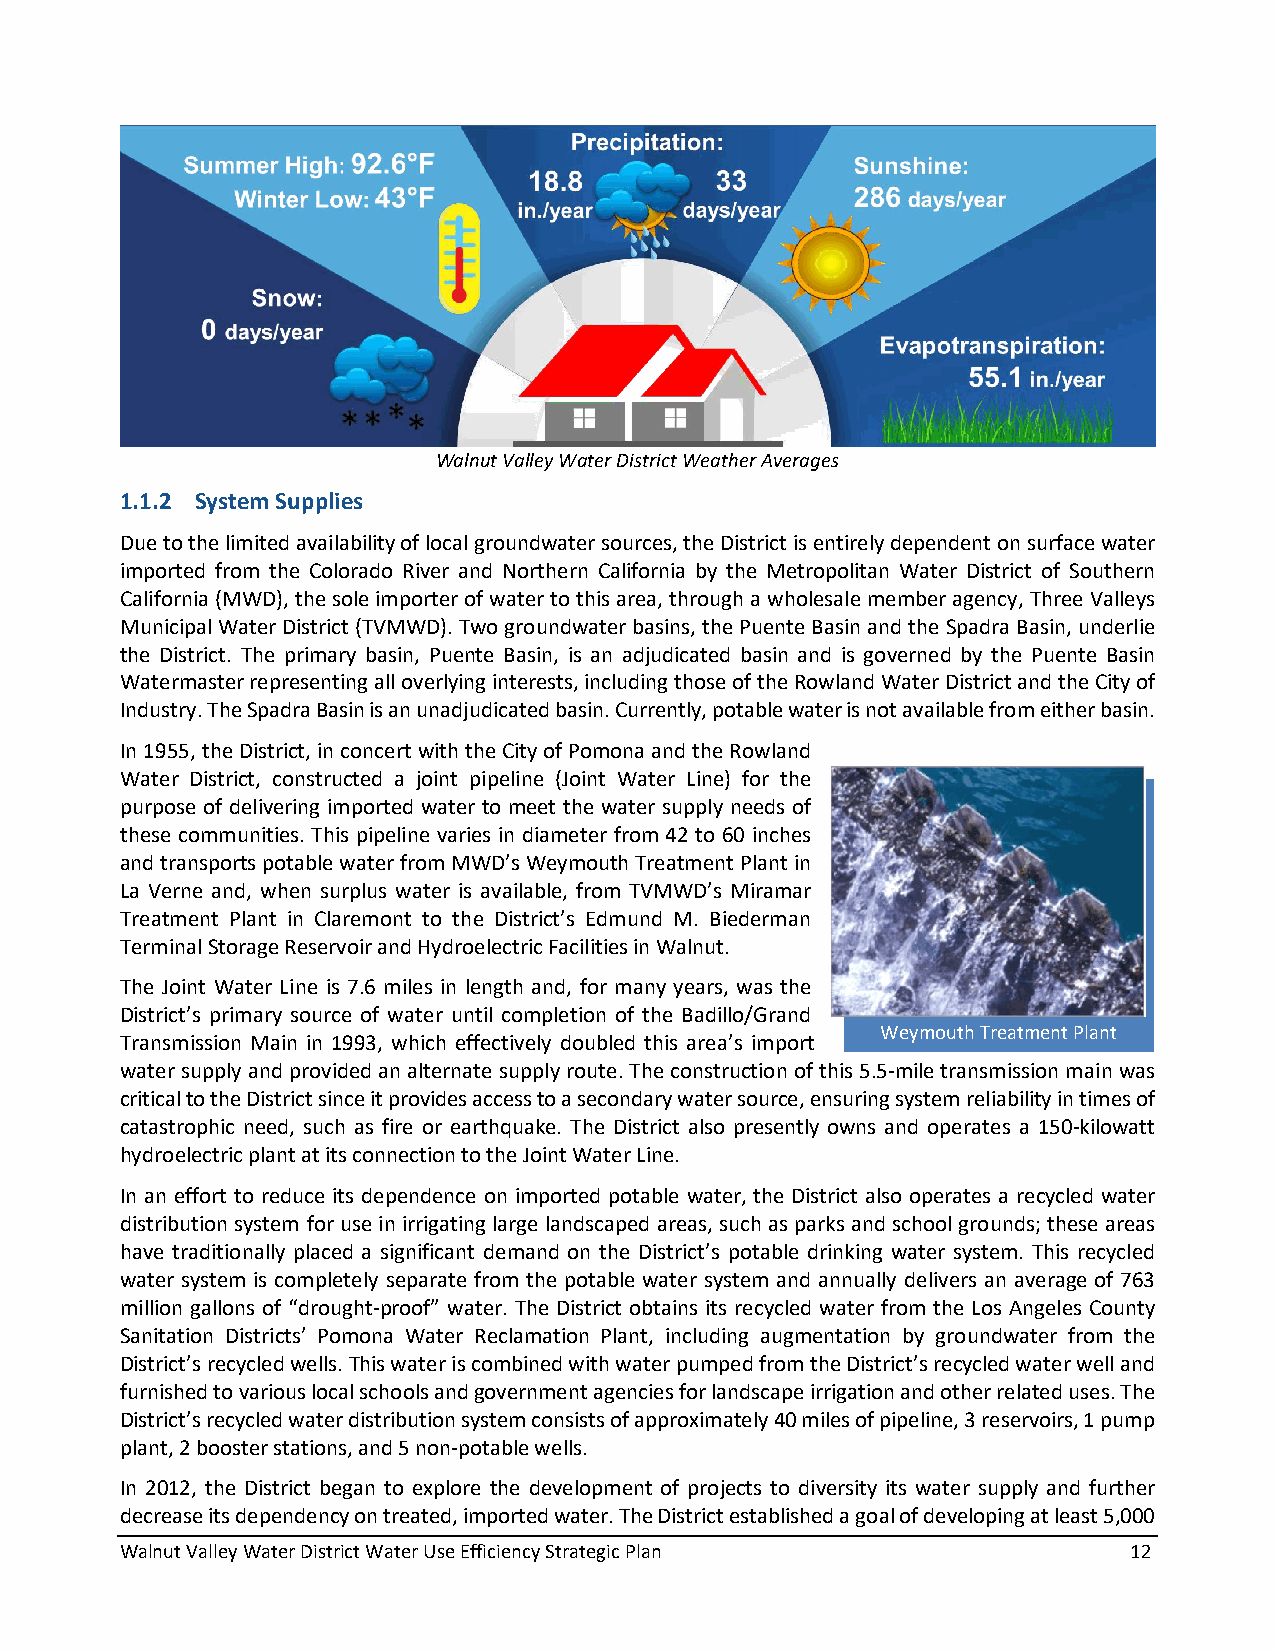
Walnut Valley Water District Weather Averages
 1.1.2 System Supplies
 Due to the limited availability of local groundwater sources, the District is entirely dependent on surface water
 imported from the Colorado River and Northern California by the Metropolitan Water District of Southern
 California (MWD), the sole importer of water to this area, through a wholesale member agency, Three Valleys
 Municipal Water District (TVMWD). Two groundwater basins, the Puente Basin and the Spadra Basin, underlie
 the District. The primary basin, Puente Basin, is an adjudicated basin and is governed by the Puente Basin
 Watermaster representing all overlying interests, including those of the Rowland Water District and the City of
 Industry. The Spadra Basin is an unadjudicated basin. Currently, potable water is not available from either basin.
 In 1955, the District, in concert with the City of Pomona and the Rowland
 Water District, constructed a joint pipeline (Joint Water Line) for the
 purpose of delivering imported water to meet the water supply needs of
 these communities. This pipeline varies in diameter from 42 to 60 inches
 and transports potable water from MWD’s Weymouth Treatment Plant in
 La Verne and, when surplus water is available, from TVMWD’s Miramar
 Treatment Plant in Claremont to the District’s Edmund M. Biederman
 Terminal Storage Reservoir and Hydroelectric Facilities in Walnut.
 The Joint Water Line is 7.6 miles in length and, for many years, was the
 District’s primary source of water until completion of the Badillo/Grand
 Weymouth Treatment Plant
 Transmission Main in 1993, which effectively doubled this area’s import
 water supply and provided an alternate supply route. The construction of this 5.5-mile transmission main was
 critical to the District since it provides access to a secondary water source, ensuring system reliability in times of
 catastrophic need, such as fire or earthquake. The District also presently owns and operates a 150-kilowatt
 hydroelectric plant at its connection to the Joint Water Line.
 In an effort to reduce its dependence on imported potable water, the District also operates a recycled water
 distribution system for use in irrigating large landscaped areas, such as parks and school grounds; these areas
 have traditionally placed a significant demand on the District’s potable drinking water system. This recycled
 water system is completely separate from the potable water system and annually delivers an average of 763
 million gallons of “drought-proof” water. The District obtains its recycled water from the Los Angeles County
 Sanitation Districts’ Pomona Water Reclamation Plant, including augmentation by groundwater from the
 District’s recycled wells. This water is combined with water pumped from the District’s recycled water well and
 furnished to various local schools and government agencies for landscape irrigation and other related uses. The
 District’s recycled water distribution system consists of approximately 40 miles of pipeline, 3 reservoirs, 1 pump
 plant, 2 booster stations, and 5 non-potable wells.
 In 2012, the District began to explore the development of projects to diversity its water supply and further
 decrease its dependency on treated, imported water. The District established a goal of developing at least 5,000
 Walnut Valley Water District Water Use Efficiency Strategic Plan   12